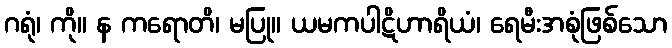
ဂရုံ၊ ကို။ န ကရောတိ၊ မပြု။ ယမကပါဋိဟာရိယံ၊ ရေမီးအစုံဖြစ်သော